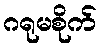
ဂရုမစိုက်